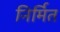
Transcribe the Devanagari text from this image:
निर्मित